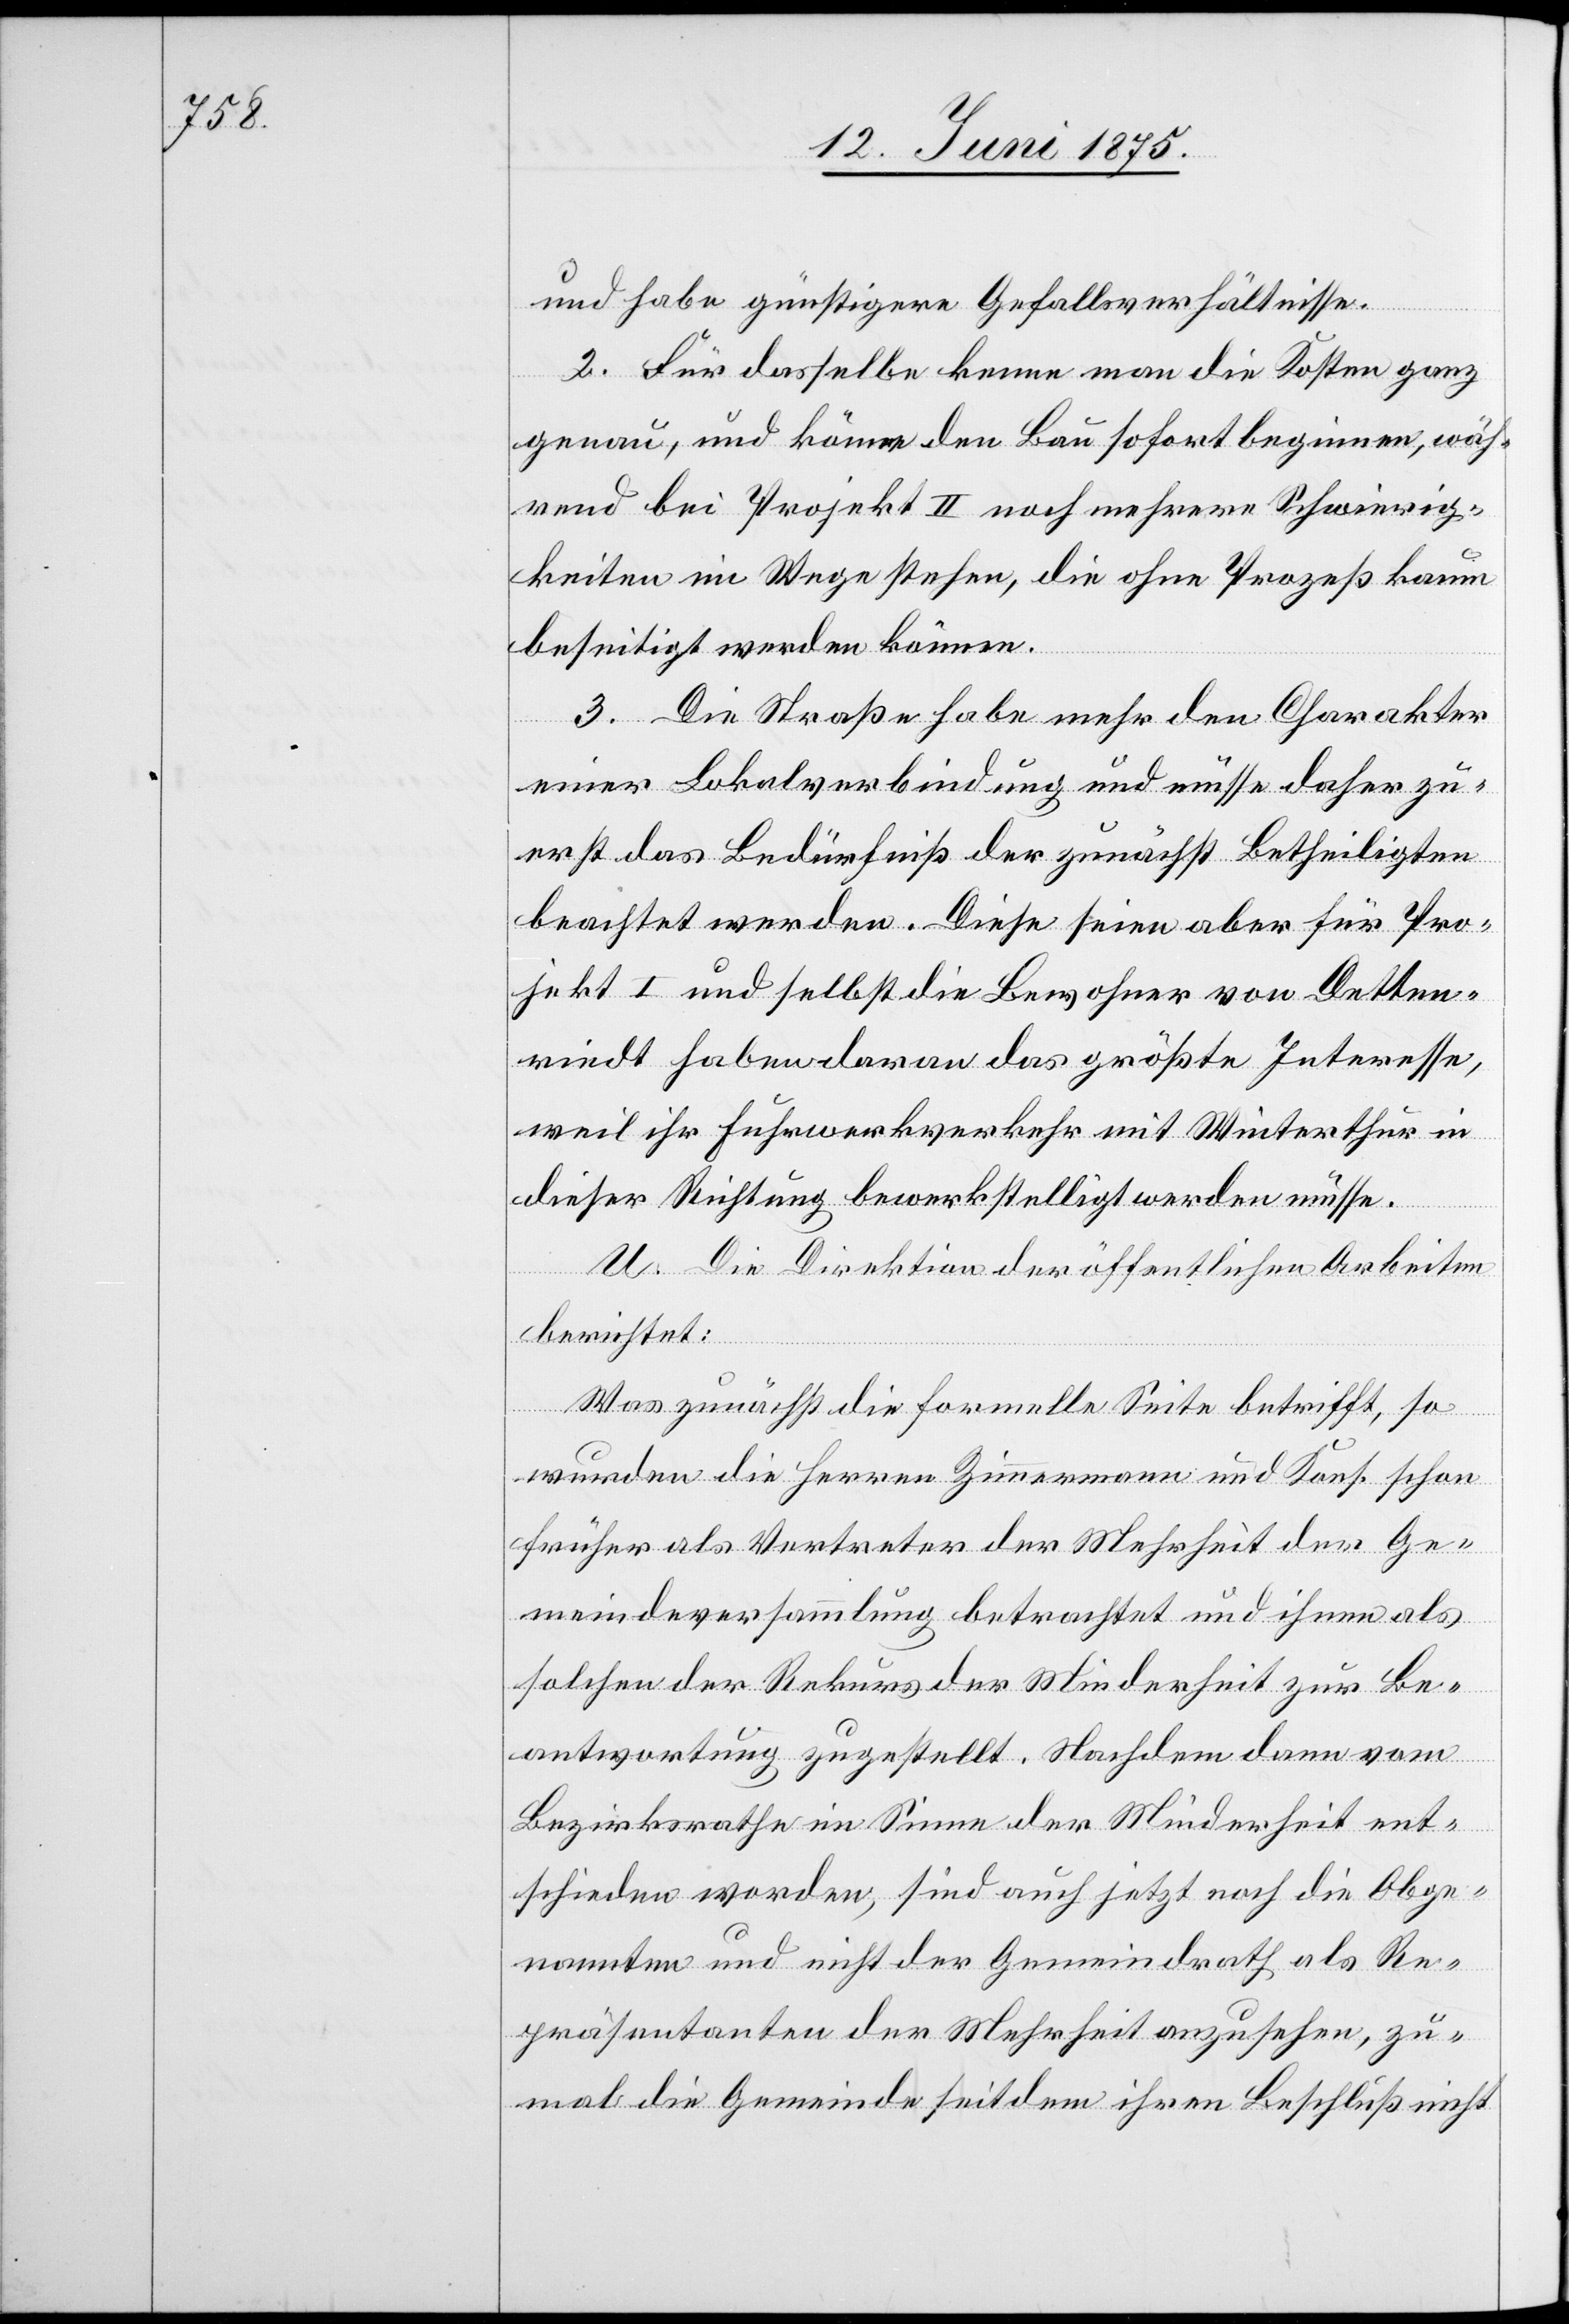
und habe günstigere Gefallsverhältnisse.
2. Für dasselbe kenne man die Kosten ganz
genau, und könne den Bau sofort beginnen, wäh¬
rend bei Projekt II noch mehrere Schwierig¬
keiten im Wege stehen, die ohne Prozeß kaum
beseitigt werden können.
3. Die Straße habe mehr den Charakter
einer Lokalverbindung und müsse daher zu¬
erst das Bedürfniß der zunächst Betheiligten
beachtet werden. Diese seien aber für Pro¬
jekt I und selbst die Bewohner von Detten¬
riedt haben daran das größte Interesse,
weil ihr Fuhrwerkverkehr mit Winterthur in
dieser Richtung bewerkstelligt werden müsse.
U. Die Direktion der öffentlichen Arbeiten
berichtet:
Was zunächst die formelle Seite betrifft, so
wurden die Herren Zimmermann und Kons. schon
früher als Vertreter der Mehrheit der Ge¬
meindeversammlung betrachtet und ihnen als
solchen der Rekurs der Minderheit zur Be¬
antwortung zugestellt. Nachdem dann vom
Bezirksrathe im Sinne der Minderheit ent¬
schieden worden, sind auch jetzt noch die Obge¬
nannten und nicht der Gemeindrath als Re¬
präsentanten der Mehrheit anzusehen, zu¬
mal die Gemeinde seit dem ihren Beschluß nicht